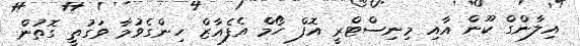
އިލާންގް ކޫން އާއި މިނިސްޓްރީ އޮފް ހޯމް އެފެއާޒް ހިންގެވުމާ ވަގުތީ ގޮތުން